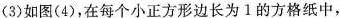
(3)如图(4)，在每个小正方形边长为1的方格纸中，